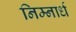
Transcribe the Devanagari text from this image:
निम्नार्ध